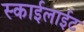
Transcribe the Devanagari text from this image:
स्काईलाईट